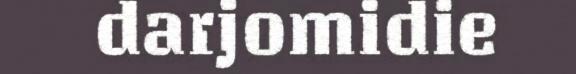
darjomidie